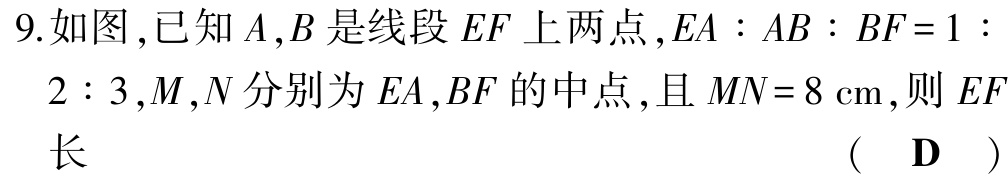
9.如图,已知\(A,B\)是线段\(EF\)上两点,\(EA:AB:BF = 1:2:3\),\(M,N\)分别为\(EA,BF\)的中点,且\(MN = 8\mathrm{cm}\),则\(EF\)长（ \(\mathbf{D}\) ）